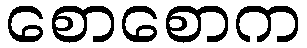
စောစောက